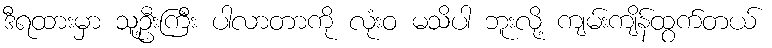
ဒီရထားမှာ သူ့ဦးကြီး ပါလာတာကို လုံးဝ မသိပါ ဘူးလို့ ကျမ်းကျိန်ထွက်တယ်